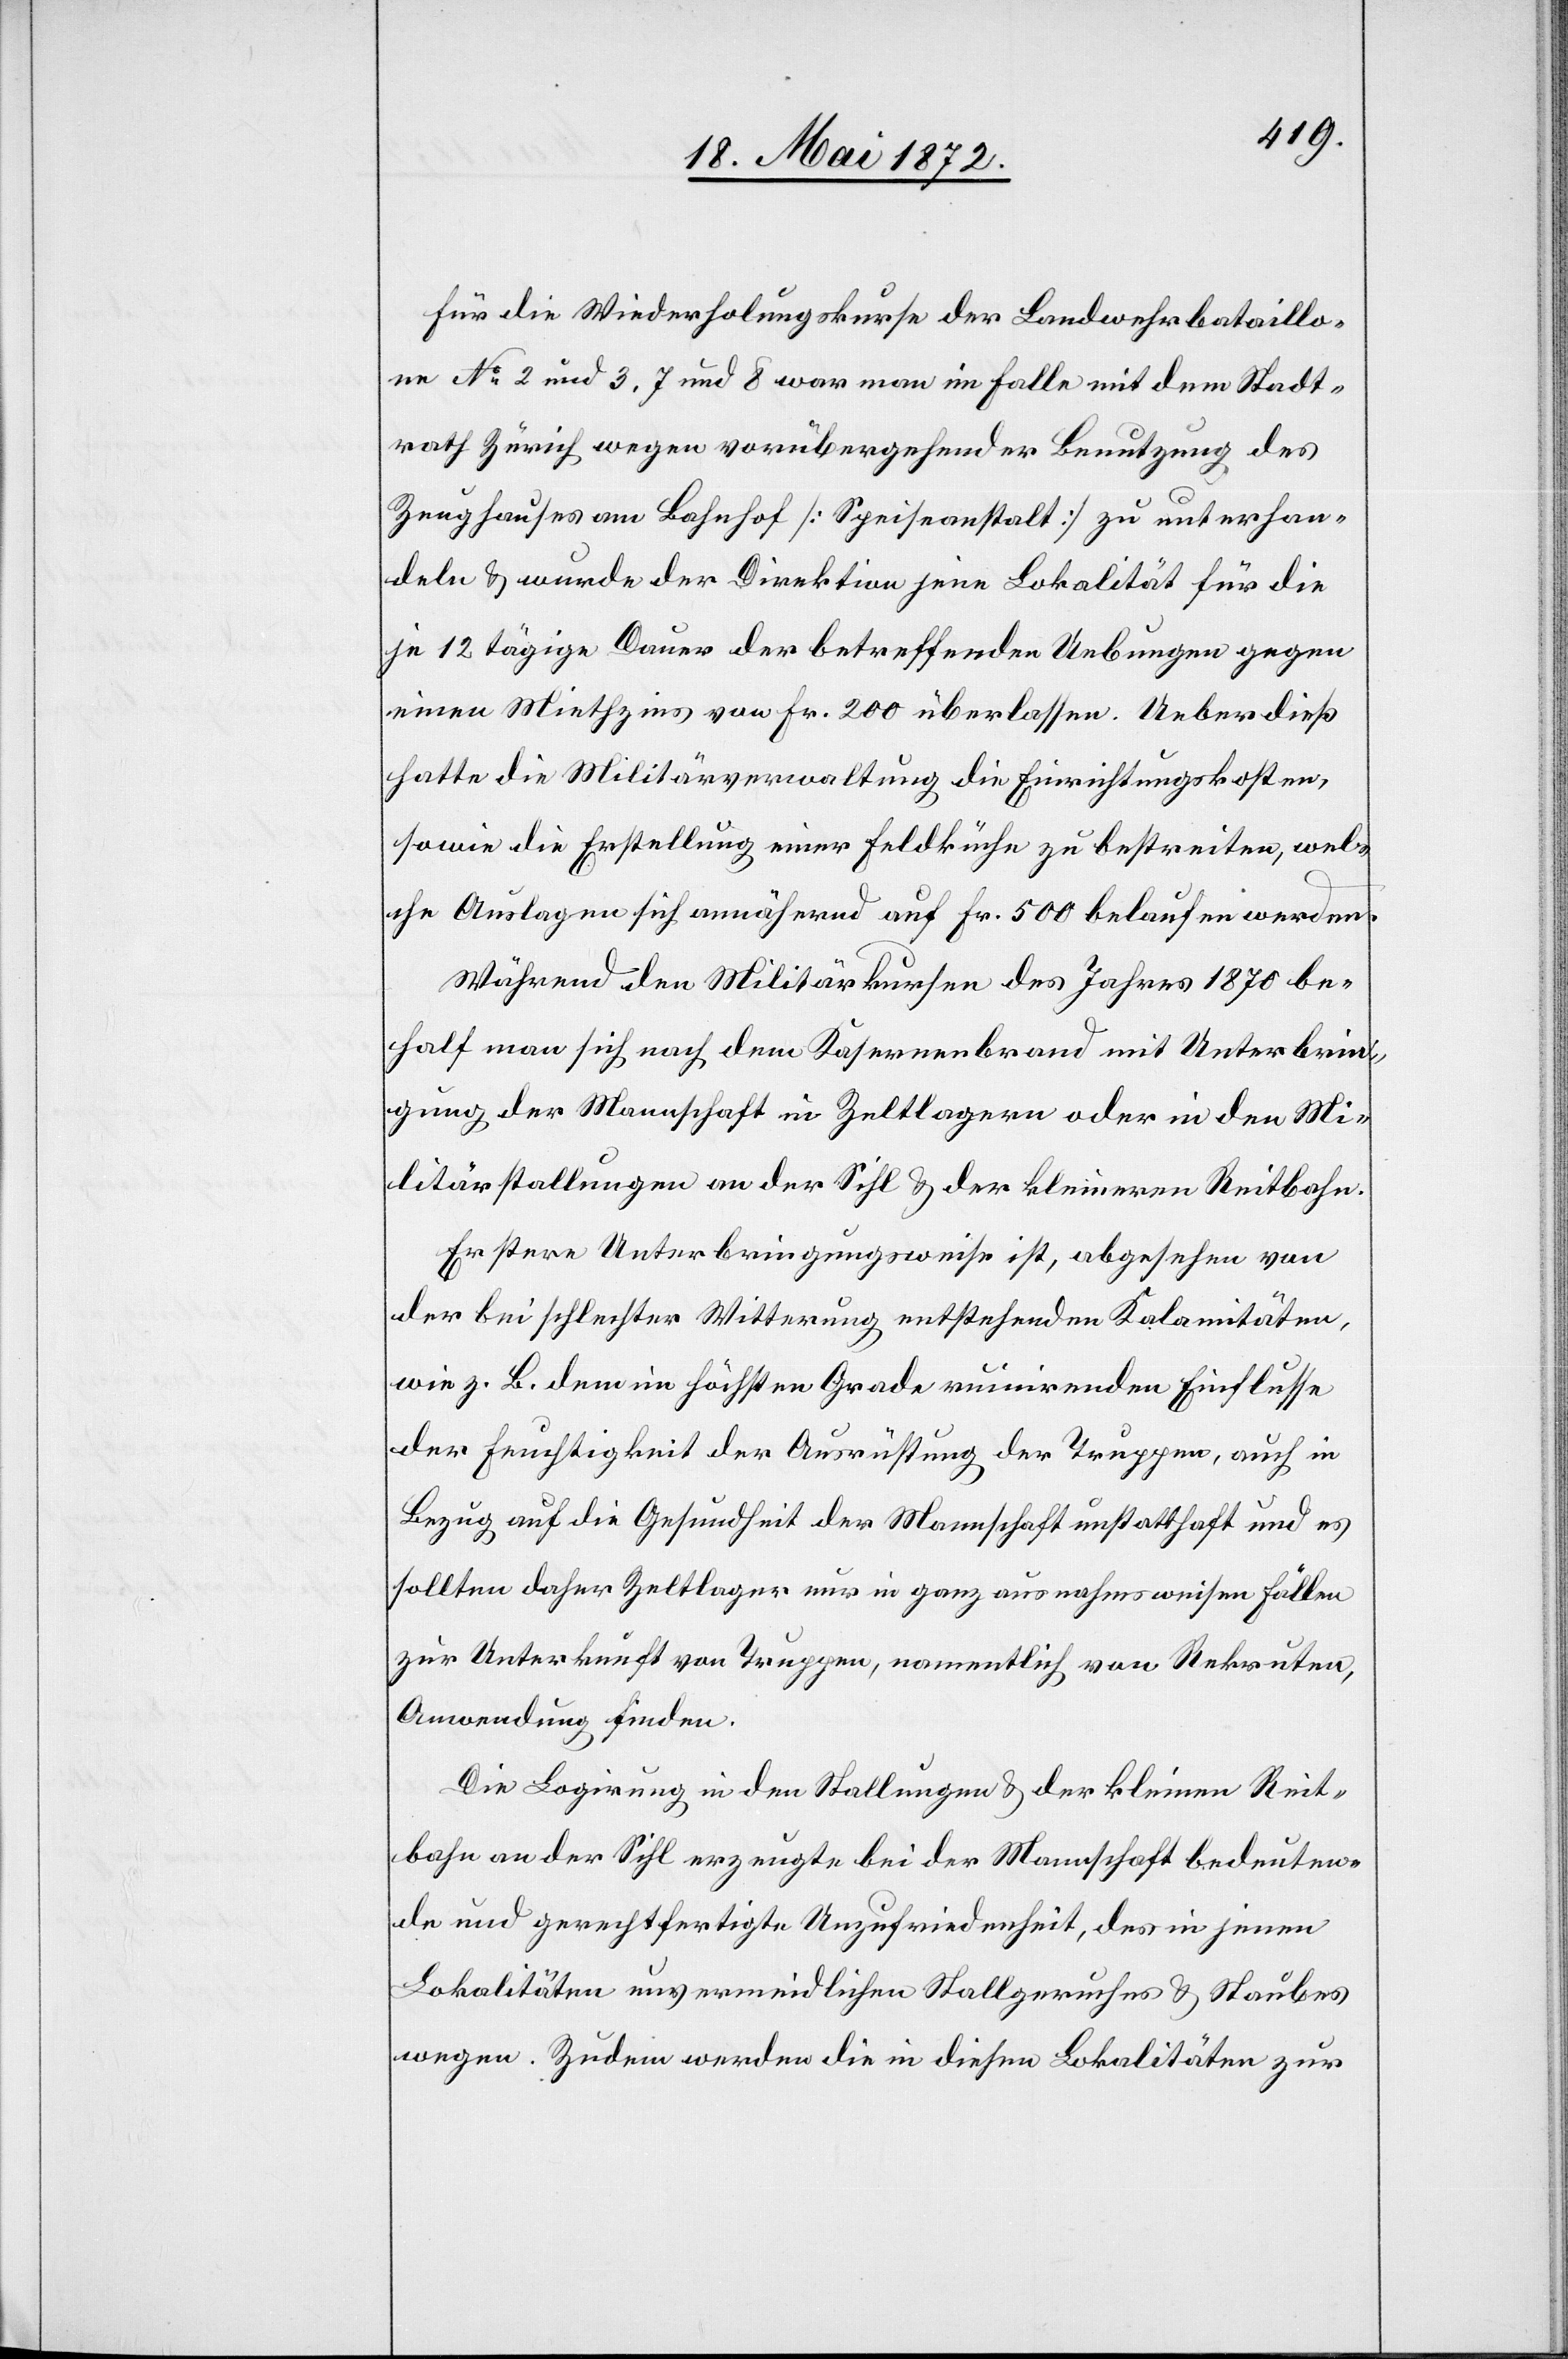
Für die Wiederholungskurse der Landwehrbataillo¬
ne No 2 und 3, 7 und 8 war man im Falle mit dem Stadt¬
rath Zürich wegen vorübergehender Benutzung des
Zeughauses am Bahnhof [Speiseanstalt] zu unterhan¬
deln u. wurde der Direktion jene Lokalität für die
je 12 tägige Dauer der betreffenden Uebungen gegen
einen Miethzins von Fr. 200 überlassen. Ueberdieß
hatte die Militärverwaltung die Einrichtungskosten,
sowie die Erstellung einer Feldküche zu bestreiten, wel¬
che Auslagen sich annährend auf Fr. 500 belaufen werden.
Während den Militärkursen des Jahres 1870 be¬
folgt man sich nach dem Kasernenbrand mit Unterbrin¬
gung der Mannschaft in Zeltlagern oder in den Mi¬
litärstallungen an der Sihl u. der kleineren Reitbahn.
Erstere Unterbringungsweise ist, abgesehen von
der bei schlechter Witterung entstehenden Kalamitäten,
wie z. B. dem im höchsten Grade ruinirenden Einflusse
der Feuchtigkeit der Ausrüstung der Truppen, auch in
Bezug auf die Gesundheit der Mannschaft unstatthaft und es
sollten daher Zeltlager nur in ganz ausnahmsweisen Fällen
zur Unterkunft von Truppen, namentlich von Rekruten,
Anwendung finden.
Die Logirung in den Stallungen u. der kleinen Reit¬
bahn an der Sihl erzeugte bei der Mannschaft bedeuten¬
de und gerechtfertigte Unzufriedenheit, des in jenen
Lokalitäten unvermeidlichen Stallgeruches u. Staubes
wegen. Zudem werden die in diesen Lokalitäten zur